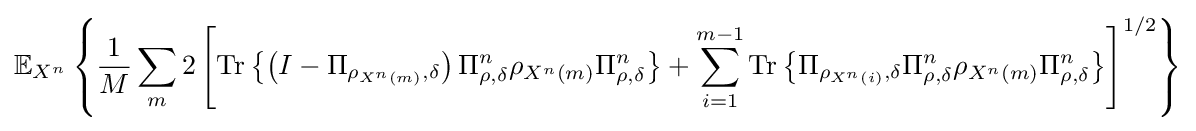
\mathbb {E} _{X^{n}}\left\{{\frac {1}{M}}\sum _{m}2\left[{\text{Tr}}\left\{\left(I-\Pi _{\rho _{X^{n}\left(m\right)},\delta }\right)\Pi _{\rho ,\delta }^{n}\rho _{X^{n}\left(m\right)}\Pi _{\rho ,\delta }^{n}\right\}+\sum _{i=1}^{m-1}{\text{Tr}}\left\{\Pi _{\rho _{X^{n}\left(i\right)},\delta }\Pi _{\rho ,\delta }^{n}\rho _{X^{n}\left(m\right)}\Pi _{\rho ,\delta }^{n}\right\}\right]^{1/2}\right\}